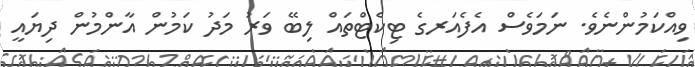
ވިއްކަމުންނެވެ. ނަމަވެސް އެފެއަރގެ ޓިކެޓްތައް ލިބޭ ވަރު މަދު ކަމުން އާންމުން ދިޔައީ